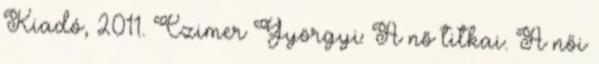
Kiadó, 2011. Czimer Györgyi: A nő titkai. A női